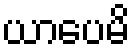
ယာပေမိ